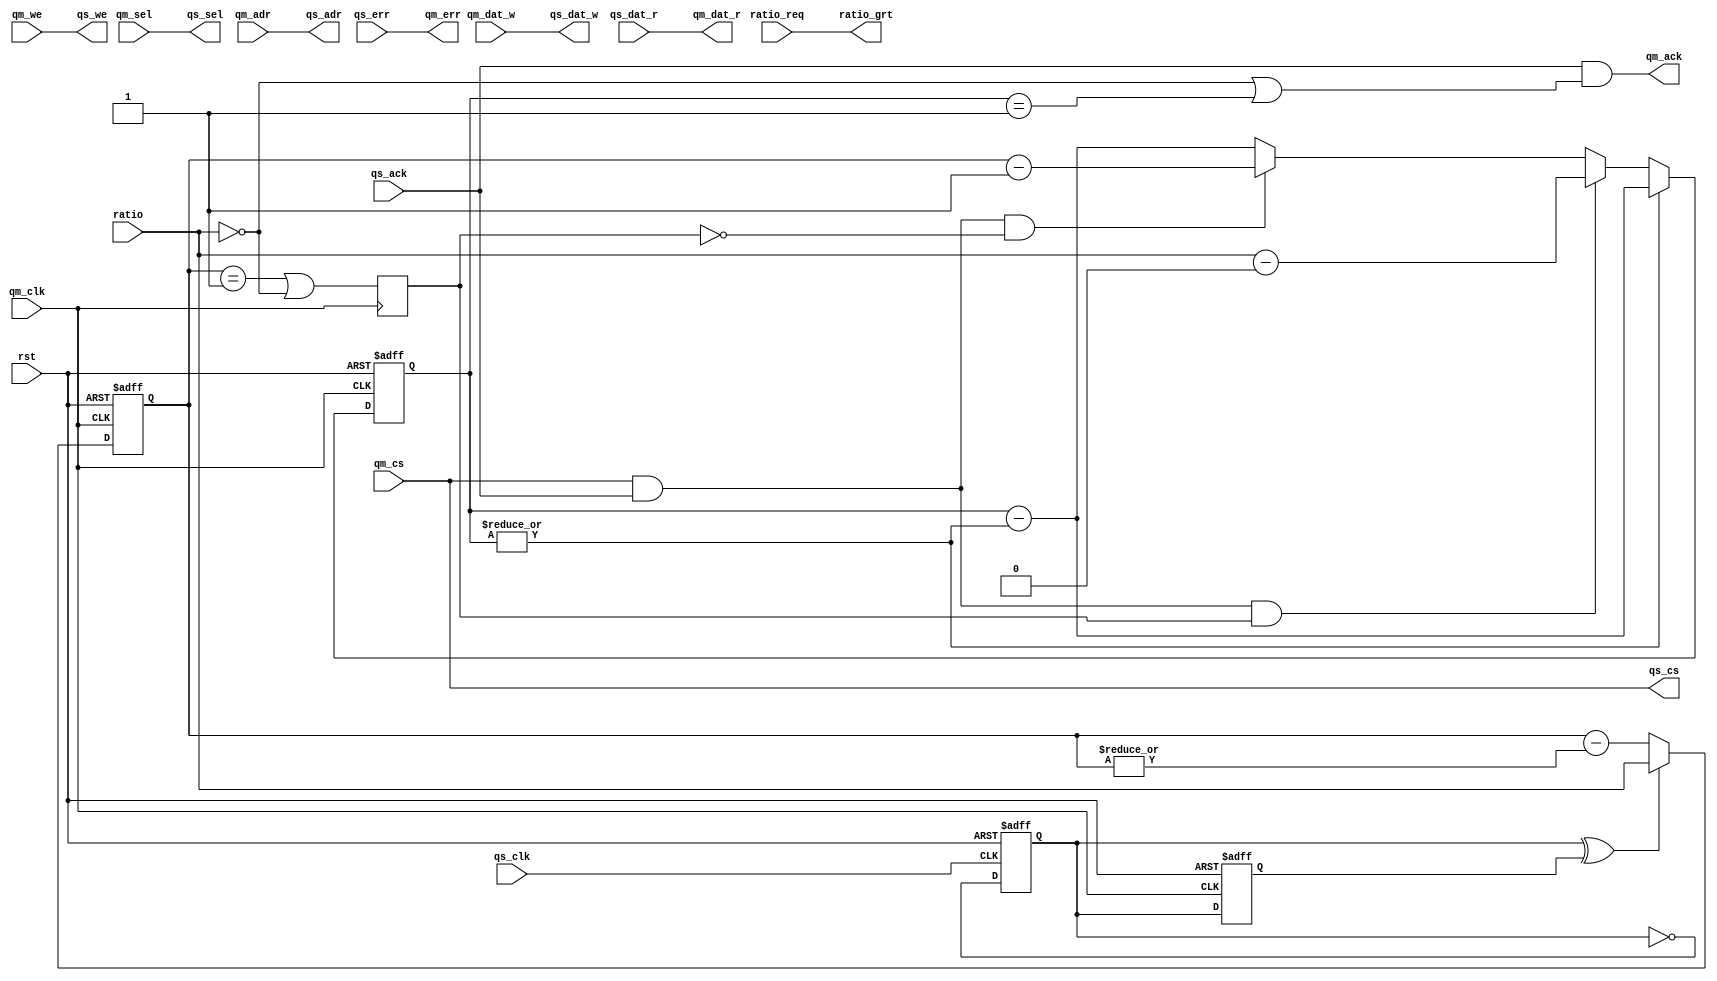
/**************************************/
/* qmem_freq_down.v                   */
/*                                    */
/* QMEM frequency change              */
/* allows master to run at faster     */
/* (or equal) synchronous clock       */
/*                                    */
/* 2010, rok.krajnc@gmail.com         */
/**************************************/


module qmem_freq_down #(
  parameter QAW = 32,               // address width
  parameter QDW = 32,               // data width
  parameter QSW = QDW/8,            // select width
  parameter RW = 3                  // ratio width
)(
  // system
  input  wire           qm_clk,     // 1x or nx clock
  input  wire           qs_clk,     // 1x clock
  input  wire           rst,        // reset
  // clock configuration
  input  wire  [RW-1:0] ratio,      // qm_clk / qs_clk ratio (1:1 = 0)
  input  wire           ratio_req,  // ratio change request
  output wire           ratio_grt,  // ratio change grant
  // input qmem port
  input  wire           qm_cs,      // chip-select
  input  wire           qm_we,      // write enable
  input  wire [QSW-1:0] qm_sel,     // byte select
  input  wire [QAW-1:0] qm_adr,     // address
  input  wire [QDW-1:0] qm_dat_w,   // write data
  output wire [QDW-1:0] qm_dat_r,   // read data
  output wire           qm_ack,     // acknowledge
  output wire           qm_err,     // error
  // output qmem port
  output wire           qs_cs,      // chip-select
  output wire           qs_we,      // write enable
  output wire [QSW-1:0] qs_sel,     // byte select
  output wire [QAW-1:0] qs_adr,     // address
  output wire [QDW-1:0] qs_dat_w,   // write data
  input  wire [QDW-1:0] qs_dat_r,   // read data
  input  wire           qs_ack,     // acknowledge
  input  wire           qs_err      // error
);


/* local signals */

reg            qm_toggle;
reg            qs_toggle;
reg  [RW-1:0]  toggle_cnt;
wire           clk_posedge;
reg            clk_posedge_d;

reg  [RW-1:0]  ratio_d;
wire           ratio_changed;
reg            ratio_changed_d;

reg  [RW-1:0]  ack_delay;


/* implementation */

// TODO
assign qm_err = qs_err;
assign ratio_grt = ratio_req;

// qs_clk toggle
always @ (posedge qs_clk or posedge rst)
if (rst)  qs_toggle <= #1 1'b0;
else      qs_toggle <= #1 !qs_toggle;

// qm_clk toggle
always @ (posedge qm_clk or posedge rst)
if (rst)  qm_toggle <= #1 1'b0;
else      qm_toggle <= #1 qs_toggle;

// toggle_cnt
always @ (posedge qm_clk or posedge rst)
if (rst)                      toggle_cnt <= #1 {RW{1'b0}};
else begin
  if (qs_toggle ^ qm_toggle)  toggle_cnt <= #1 ratio;
  else                        toggle_cnt <= #1 toggle_cnt - |toggle_cnt;
end

// clk_posedge
assign clk_posedge = (toggle_cnt == 3'b001) | (ratio == 'd0);

always @ (posedge qm_clk)
clk_posedge_d <= #1 clk_posedge;

// delayed inputs
always @ (posedge qs_clk)
ratio_d <= #1 ratio;

// ratio changed
always @ (posedge qm_clk or posedge rst)
if (rst)                 ratio_changed_d <= #1 1'b0;
else begin
if (clk_posedge)         ratio_changed_d <= #1 1'b0;
else if (ratio_changed)  ratio_changed_d <= #1 1'b1;
end

assign ratio_changed = ratio_changed_d | (ratio != ratio_d);

// ack delay
always @ (posedge qm_clk or posedge rst)
if (rst)                                     ack_delay <= #1 'd0;
else begin
  if (|ack_delay)                            ack_delay <= #1 ack_delay - |ack_delay;
  else if (qm_cs & qs_ack &  clk_posedge_d)  ack_delay <= #1 ratio - 'd0;
  else if (qm_cs & qs_ack & ~clk_posedge_d)  ack_delay <= #1 toggle_cnt - 'd1;
  else                                       ack_delay <= #1 ack_delay - |ack_delay;
end


// outputs - input side
assign qm_dat_r = qs_dat_r;
assign qm_ack   = qs_ack & ((ratio == 'd0) | (ack_delay == 'd1));

// outputs - output side
assign qs_we    = qm_we;
assign qs_cs    = qm_cs;
assign qs_sel   = qm_sel;
assign qs_adr   = qm_adr;
assign qs_dat_w = qm_dat_w;


endmodule